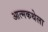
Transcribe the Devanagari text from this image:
आत्मकथेला